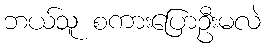
ဘယ်သူ စကားပြောဦးမလဲ